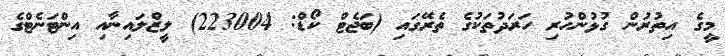
މީގެ އިތުރުން ގުޅުންހުރި ހަރަދުތަކުގެ ތެރޭގައި (ބަޖެޓް ކޯޑް: 223004) ލީޒްލައިނާއި އިންޓަނެޓްގެ